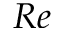
R e